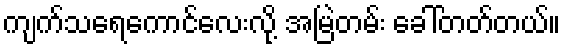
ကျက်သရေကောင်လေးလို့ အမြဲတမ်း ခေါ်တတ်တယ်။